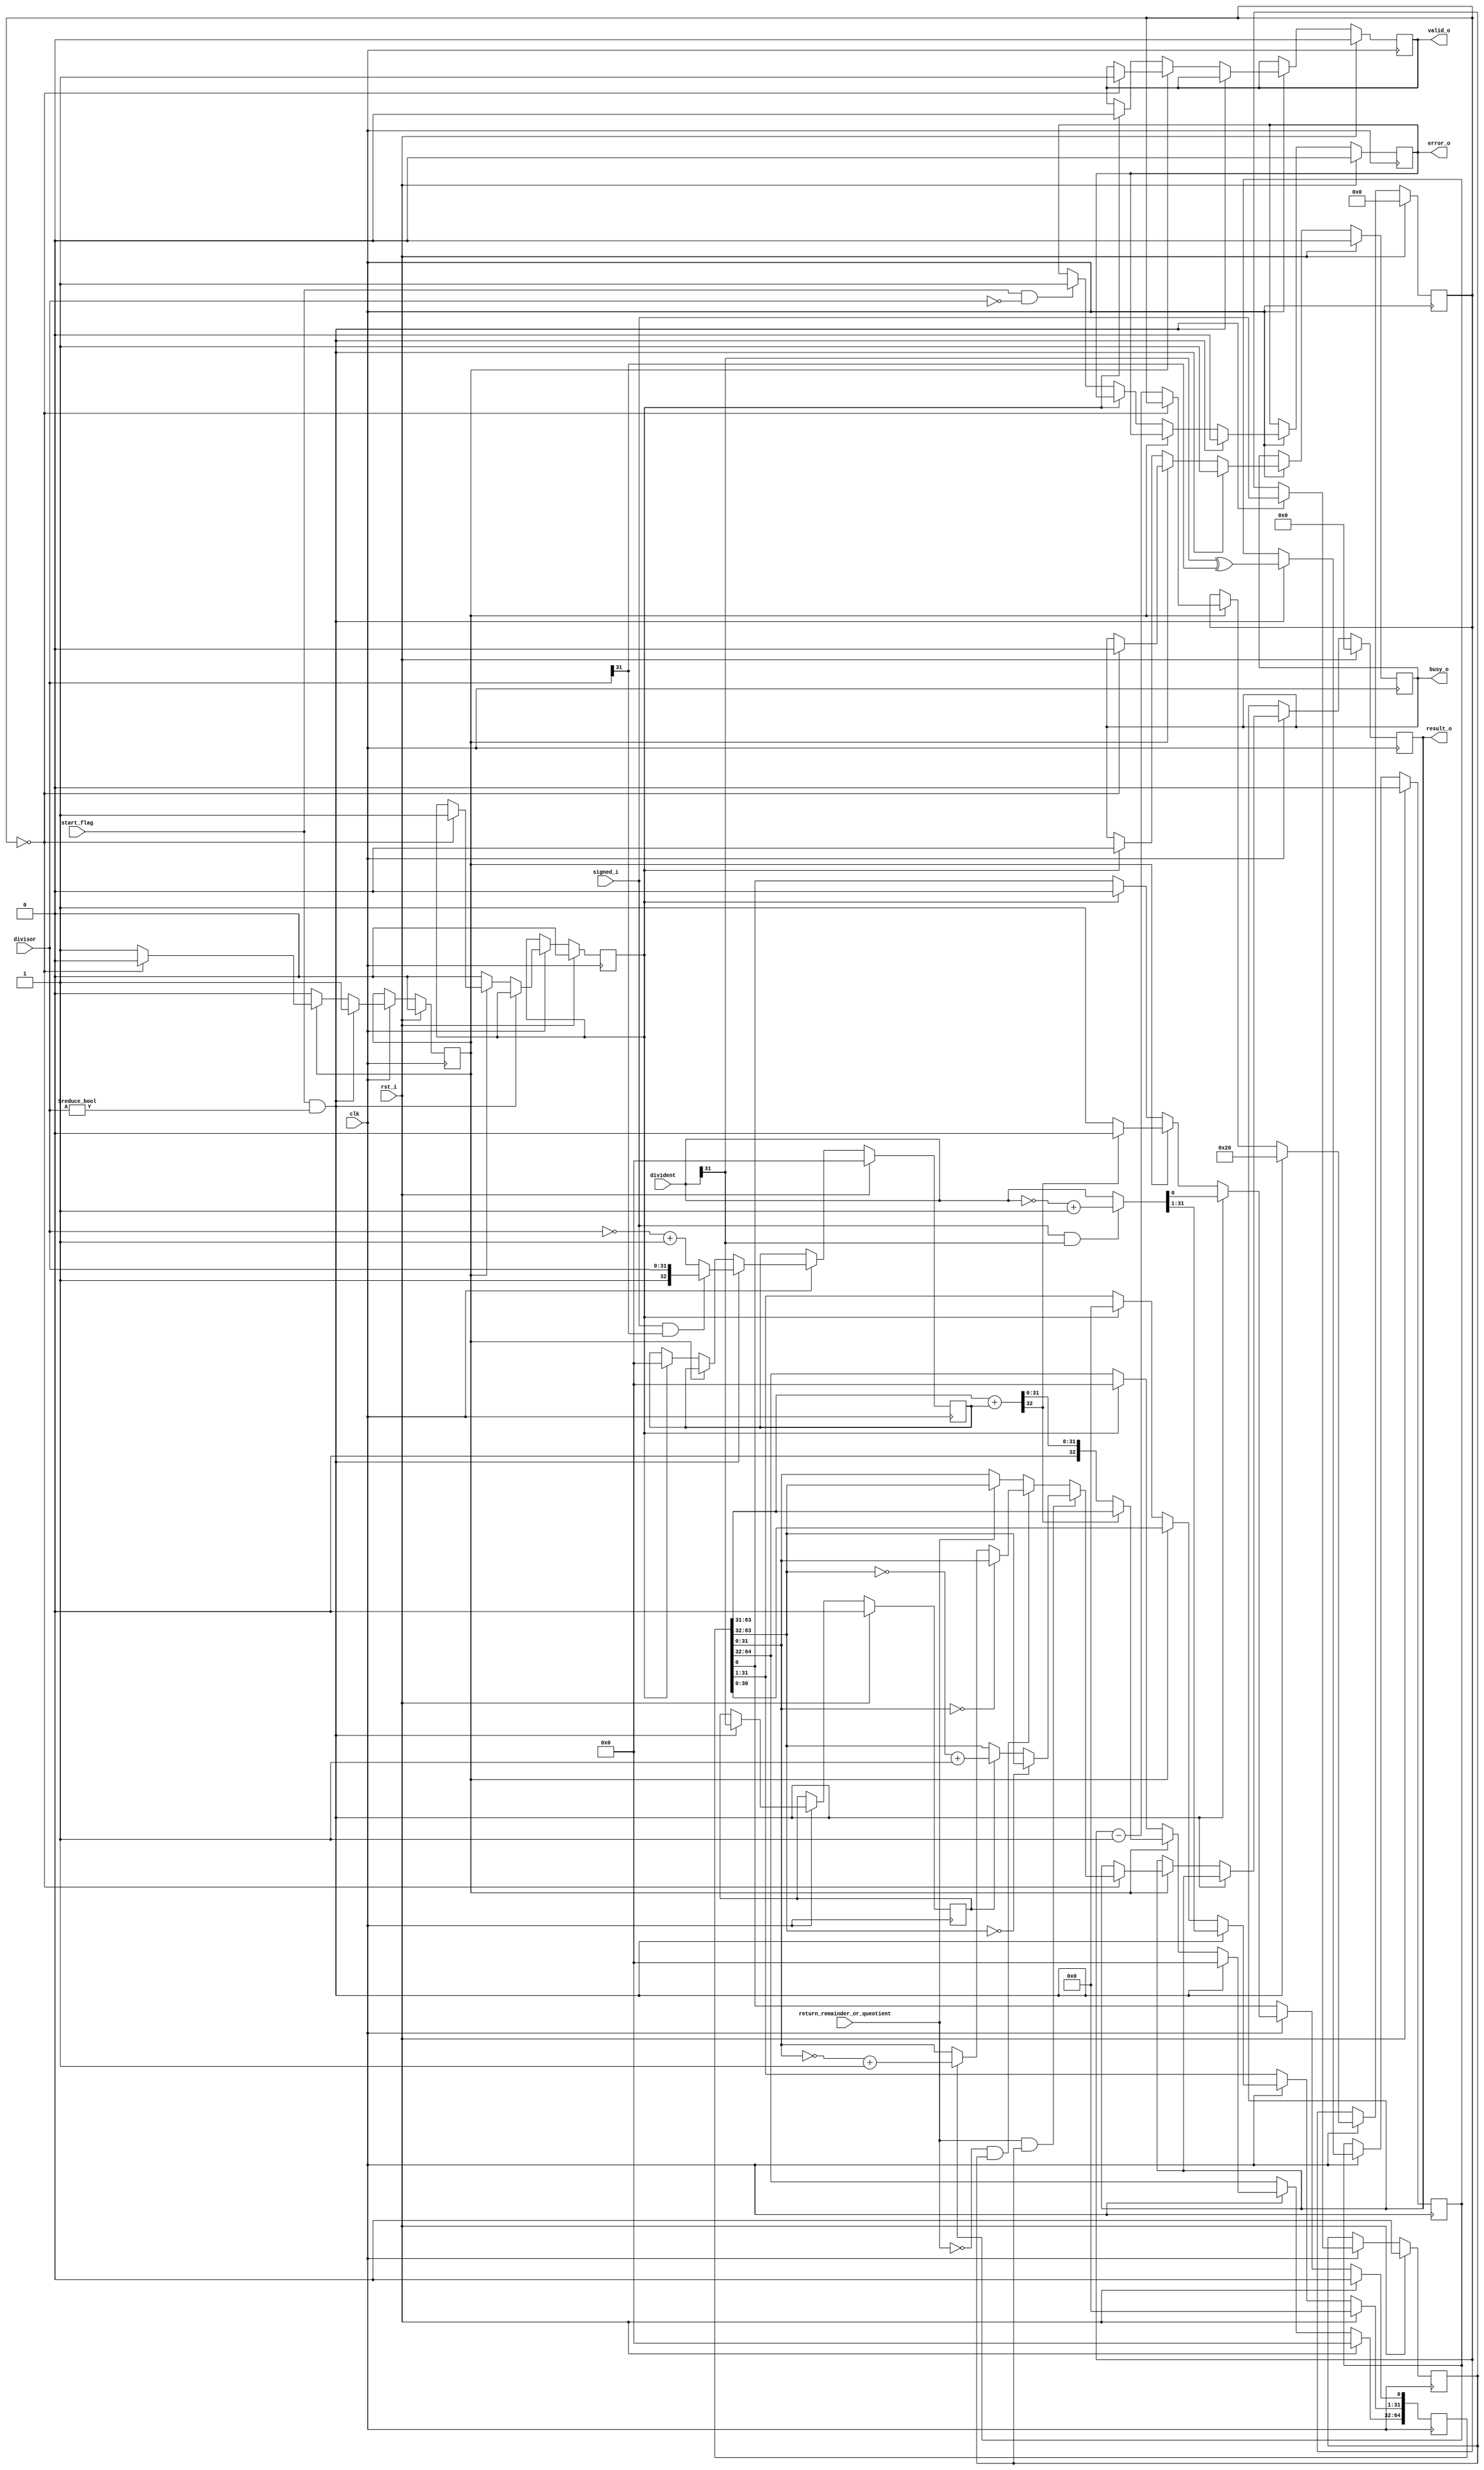
module Divider#(parameter width = 32)(
    input clk,
    input rst_i,
    input [width-1:0] divident,
    input [width-1:0] divisor,
    input return_remainder_or_queotient,    // 1 = remainder , 0 = queotient
    input signed_i,
    input start_flag,
    output reg busy_o,
    output reg valid_o,
    output reg error_o,
    output reg [width-1:0] result_o
    );
    
    reg [2*width:0] A_Q_reg;
    reg [width:0] B_reg;
    reg [5:0] count;
    reg start_reg;
    reg clear_reg;
    reg xor_sign;
    reg div_sign;
    reg signed_reg;
    
    wire [2*width:0] A_Q_reg_shift = A_Q_reg << 1;
    wire [width:0] A_subtract_B = A_Q_reg_shift[2*width:width] + B_reg;
    wire [width-1:0] remainder = A_Q_reg[2*width-1:width];
    wire [width-1:0] queotient = A_Q_reg[width-1:0];
    
    always @(posedge clk)begin
        if(rst_i == 1'b1)begin
            A_Q_reg <= {(2*width+1){1'b0}};
            B_reg <= {(width+1){1'b0}};
            count <= {(width+1){1'b0}};
            busy_o <= 1'b0;
            valid_o <= 1'b0;
            result_o <= {(width){1'b0}};
            start_reg <= 1'b0;
            clear_reg <= 1'b0;
            error_o <= 1'b0;
            xor_sign <= 1'b0;
            div_sign <= 1'b0;
            signed_reg <= 1'b0;
        end
        else if(clk == 1'b1)begin
            if(start_flag && (divisor!=0))begin
                A_Q_reg <= (signed_i && divident[31]) ? ({{(width+1){1'b0}}, (~(divident)+1) }) : ({{(width+1){1'b0}}, divident });
                B_reg <= (signed_i && divisor[31]) ? ({1'b1,divisor}) : (~({1'b0,divisor})+1);
                xor_sign <= divident[31] ^ divisor[31];
                div_sign <= divident[31];
                signed_reg <= signed_i;
                busy_o <= 1'b1;
                error_o <= 1'b0;
                count <= width;
                start_reg <= 1'b1;
            end
            else if (start_reg )begin
                A_Q_reg <= A_Q_reg_shift;
                if(A_subtract_B[width])begin
                    A_Q_reg[0] <= 1'b0;
                end
                else begin
                    A_Q_reg[0] <= 1'b1;
                    A_Q_reg[2*width:width] <= A_subtract_B;
                end
                if(!count)begin
                    busy_o <= 1'b0;
                    valid_o <= 1'b1;
                    if (return_remainder_or_queotient && signed_reg)begin
                        if (remainder == 32'b0)begin
                            result_o <= remainder;
                        end
                        else begin
                            result_o <= (div_sign) ? ((~remainder)+1) : (remainder);
                        end
                    end
                    else if (!return_remainder_or_queotient && signed_reg)begin
                        if (queotient == 32'b0)begin
                            result_o <= queotient;
                        end
                        else begin
                            result_o <= (xor_sign) ? ((~queotient)+1) : (queotient);
                        end
                    end
                    else begin
                        result_o <= (return_remainder_or_queotient) ? (remainder) : (queotient);
                    end
                    clear_reg <= 1'b1;
                    start_reg <= 1'b0;
                end
                else begin
                    count <= count -1;
                end
            end
            else if (clear_reg)begin
                A_Q_reg <= {(2*width+1){1'b0}};
                B_reg <= {(width+1){1'b0}};
                valid_o <= 1'b0;
                busy_o <= 1'b0;
                clear_reg <= 1'b0;
            end
            else if (start_flag && (!divisor))begin
                error_o <= 1'b1;
            end
        end
    end
endmodule